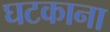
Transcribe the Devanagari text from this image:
घटकाना